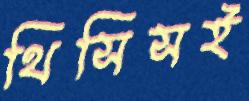
থিসিসই